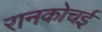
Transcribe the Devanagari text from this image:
रानकोचई